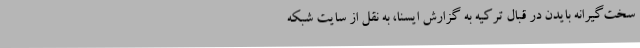
سخت‌گیرانه بایدن در قبال ترکیه به گزارش ایسنا، به نقل از سایت شبکه